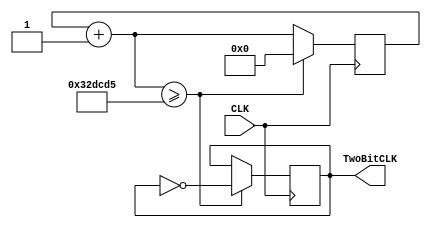
//Lower Frequency
//Developed by: Rhyan Johnson
// Lowers the frequency of the clock for the 2 bit counter

module LowerFrequency(
    input CLK,
    output reg TwoBitCLK = 0
 );
reg [16:0]counter = 0;

always@(posedge CLK)
begin
    counter = counter+1;
    if(counter >= 3333333) begin
    TwoBitCLK = !TwoBitCLK;
    counter = 0;
    end
    end
endmodule